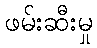
ဖမ်းဆီးမှု